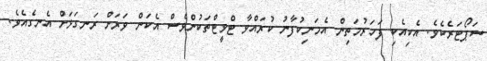
ސަޕޯޓަރެކެވެ. އެކިއެކި ފަހަރުމަތިން އެމަނިކުފާނު ކުރައްވާ ޓްވީޓްތަކުންވެސް އެކަން ވަރަށް ރަނގަޅަށް އެނގެއެވެ.